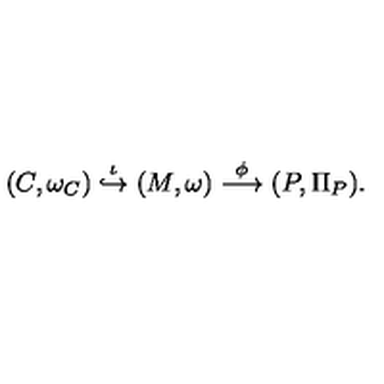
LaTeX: ( C , \omega _ { C } ) \stackrel { \iota } { \hookrightarrow } ( M , \omega ) \stackrel { \phi } { \longrightarrow } ( P , \Pi _ { P } ) .